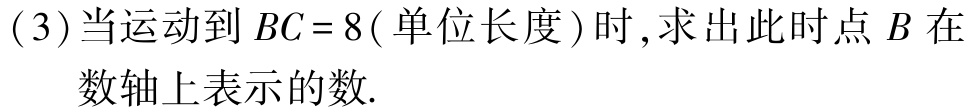
(3)当运动到 \(BC = 8(\)单位长度\()\)时,求出此时点 \(B\) 在数轴上表示的数.